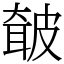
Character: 㿴